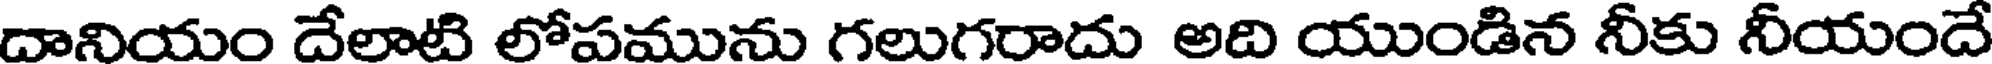
దానియం దేలాటి లోపమును గలుగరాదు అది యుండిన నీకు నీయందే